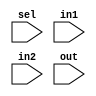
`timescale 1ns / 1ps
//////////////////////////////////////////////////////////////////////////////////
// Company: Shanghai Jiao Tong University
// 
// Design Name: 
// Module Name: Mux5
// Project Name: 
// Target Devices: 
// Tool Versions: 
// Description: 
// 
// Dependencies: 
// 
// Revision:
// Revision 0.01 - File Created
// Additional Comments:
// 
//////////////////////////////////////////////////////////////////////////////////


module Mux5(
    input sel,
    input [4:0] in1,
    input [4:0] in2,
    input [4:0] out
    );
    // if sel=1->in2, if sel=0->in1
    assign out=sel?in2:in1;

endmodule